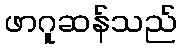
ဖာဂူဆန်သည်